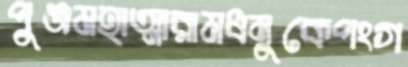
পুঞ্জমহাত্মারামধনুকেপংগ